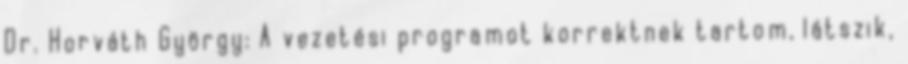
Dr. Horváth György: A vezetési programot korrektnek tartom, látszik,